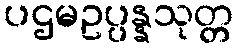
ပဌမဥပ္ပန္နသုတ္တ